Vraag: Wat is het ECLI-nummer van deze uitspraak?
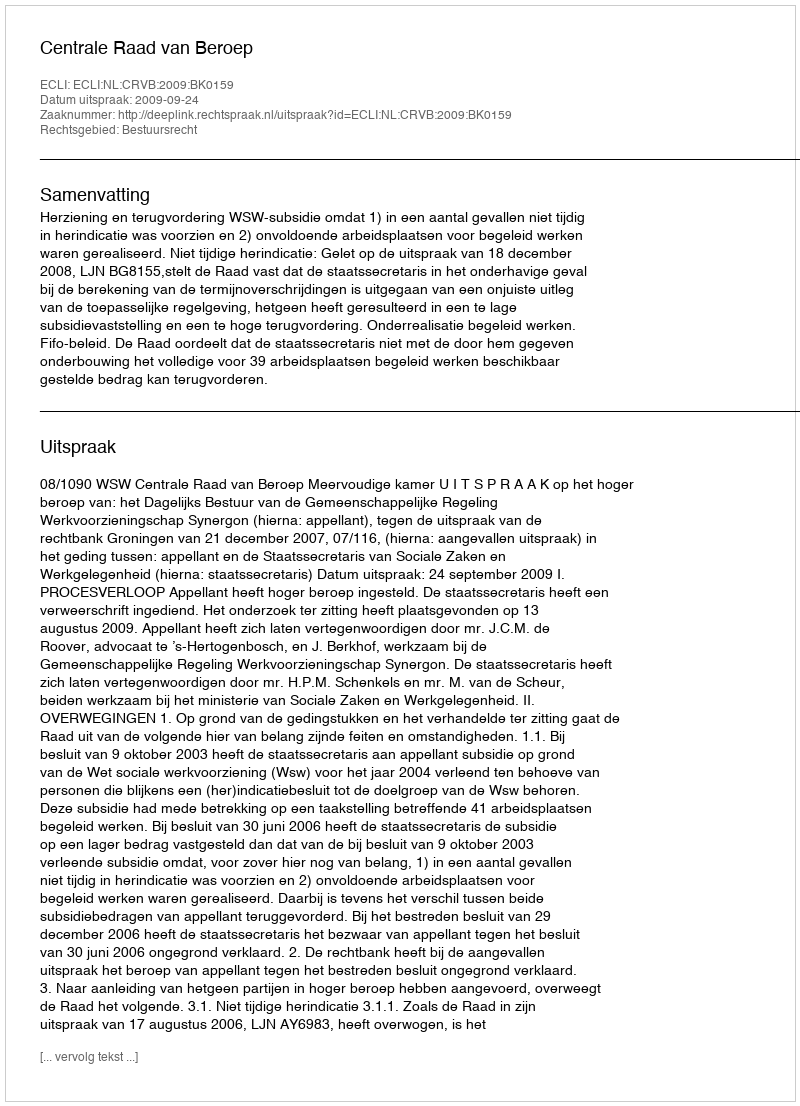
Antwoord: ECLI:NL:CRVB:2009:BK0159